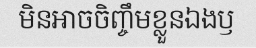
មិនអាចចិញ្ចឹមខ្លួនឯងឫ